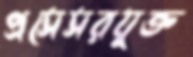
প্রসেসরযুক্ত